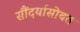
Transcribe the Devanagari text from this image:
सौंदर्यासोबत